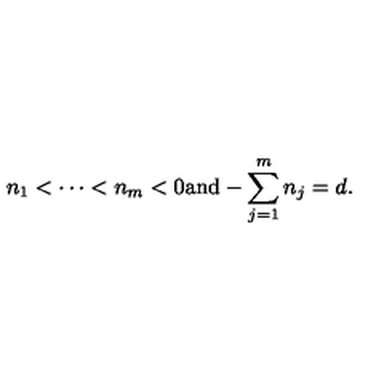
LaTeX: n _ { 1 } < \cdots < n _ { m } < 0 \mathrm { a n d } - \sum _ { j = 1 } ^ { m } n _ { j } = d .